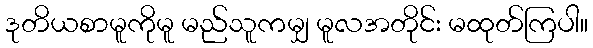
ဒုတိယစာမူကိုမူ မည်သူကမျှ မူလအတိုင်း မထုတ်ကြပါ။